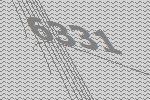
6331